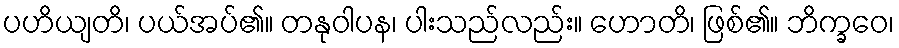
ပဟိယျတိ၊ ပယ်အပ်၏။ တနုဝါပန၊ ပါးသည်လည်း။ ဟောတိ၊ ဖြစ်၏။ ဘိက္ခဝေ၊